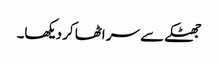
جھٹکے سے سر اٹھا کر دیکھا۔